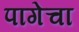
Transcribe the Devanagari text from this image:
पागेचा